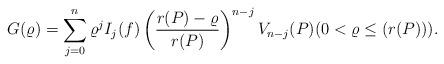
LaTeX: \begin{align*}G(\varrho)=\sum_{j=0}^{n} \varrho^{j}I_j(f)\left (\frac{r(P)-\varrho}{r(P)}\right )^{n-j} V_{n-j}(P)(0< \varrho\leq (r(P))).\end{align*}